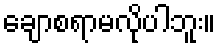
ချောစရာမလိုပါဘူး။